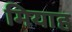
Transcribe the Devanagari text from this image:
मियाह